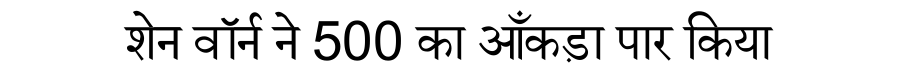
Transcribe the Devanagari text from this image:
शेन वॉर्न ने 500 का आँकड़ा पार किया